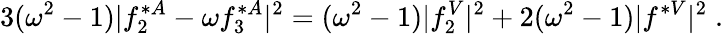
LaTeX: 3(\omega^{2}-1)|f_{2}^{*A}-\omega f_{3}^{*A}|^{2}=(\omega^{2}-1)|f_{2}^{V}|^{2}+2(\omega^{2}-1)|f^{*V}|^{2}\; .